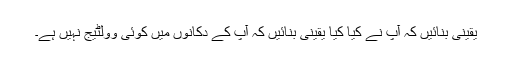
یقینی بنائیں کہ آپ نے کیا کیا یقینی بنائیں کہ آپ کے دکانوں میں کوئی وولٹیج نہیں ہے۔